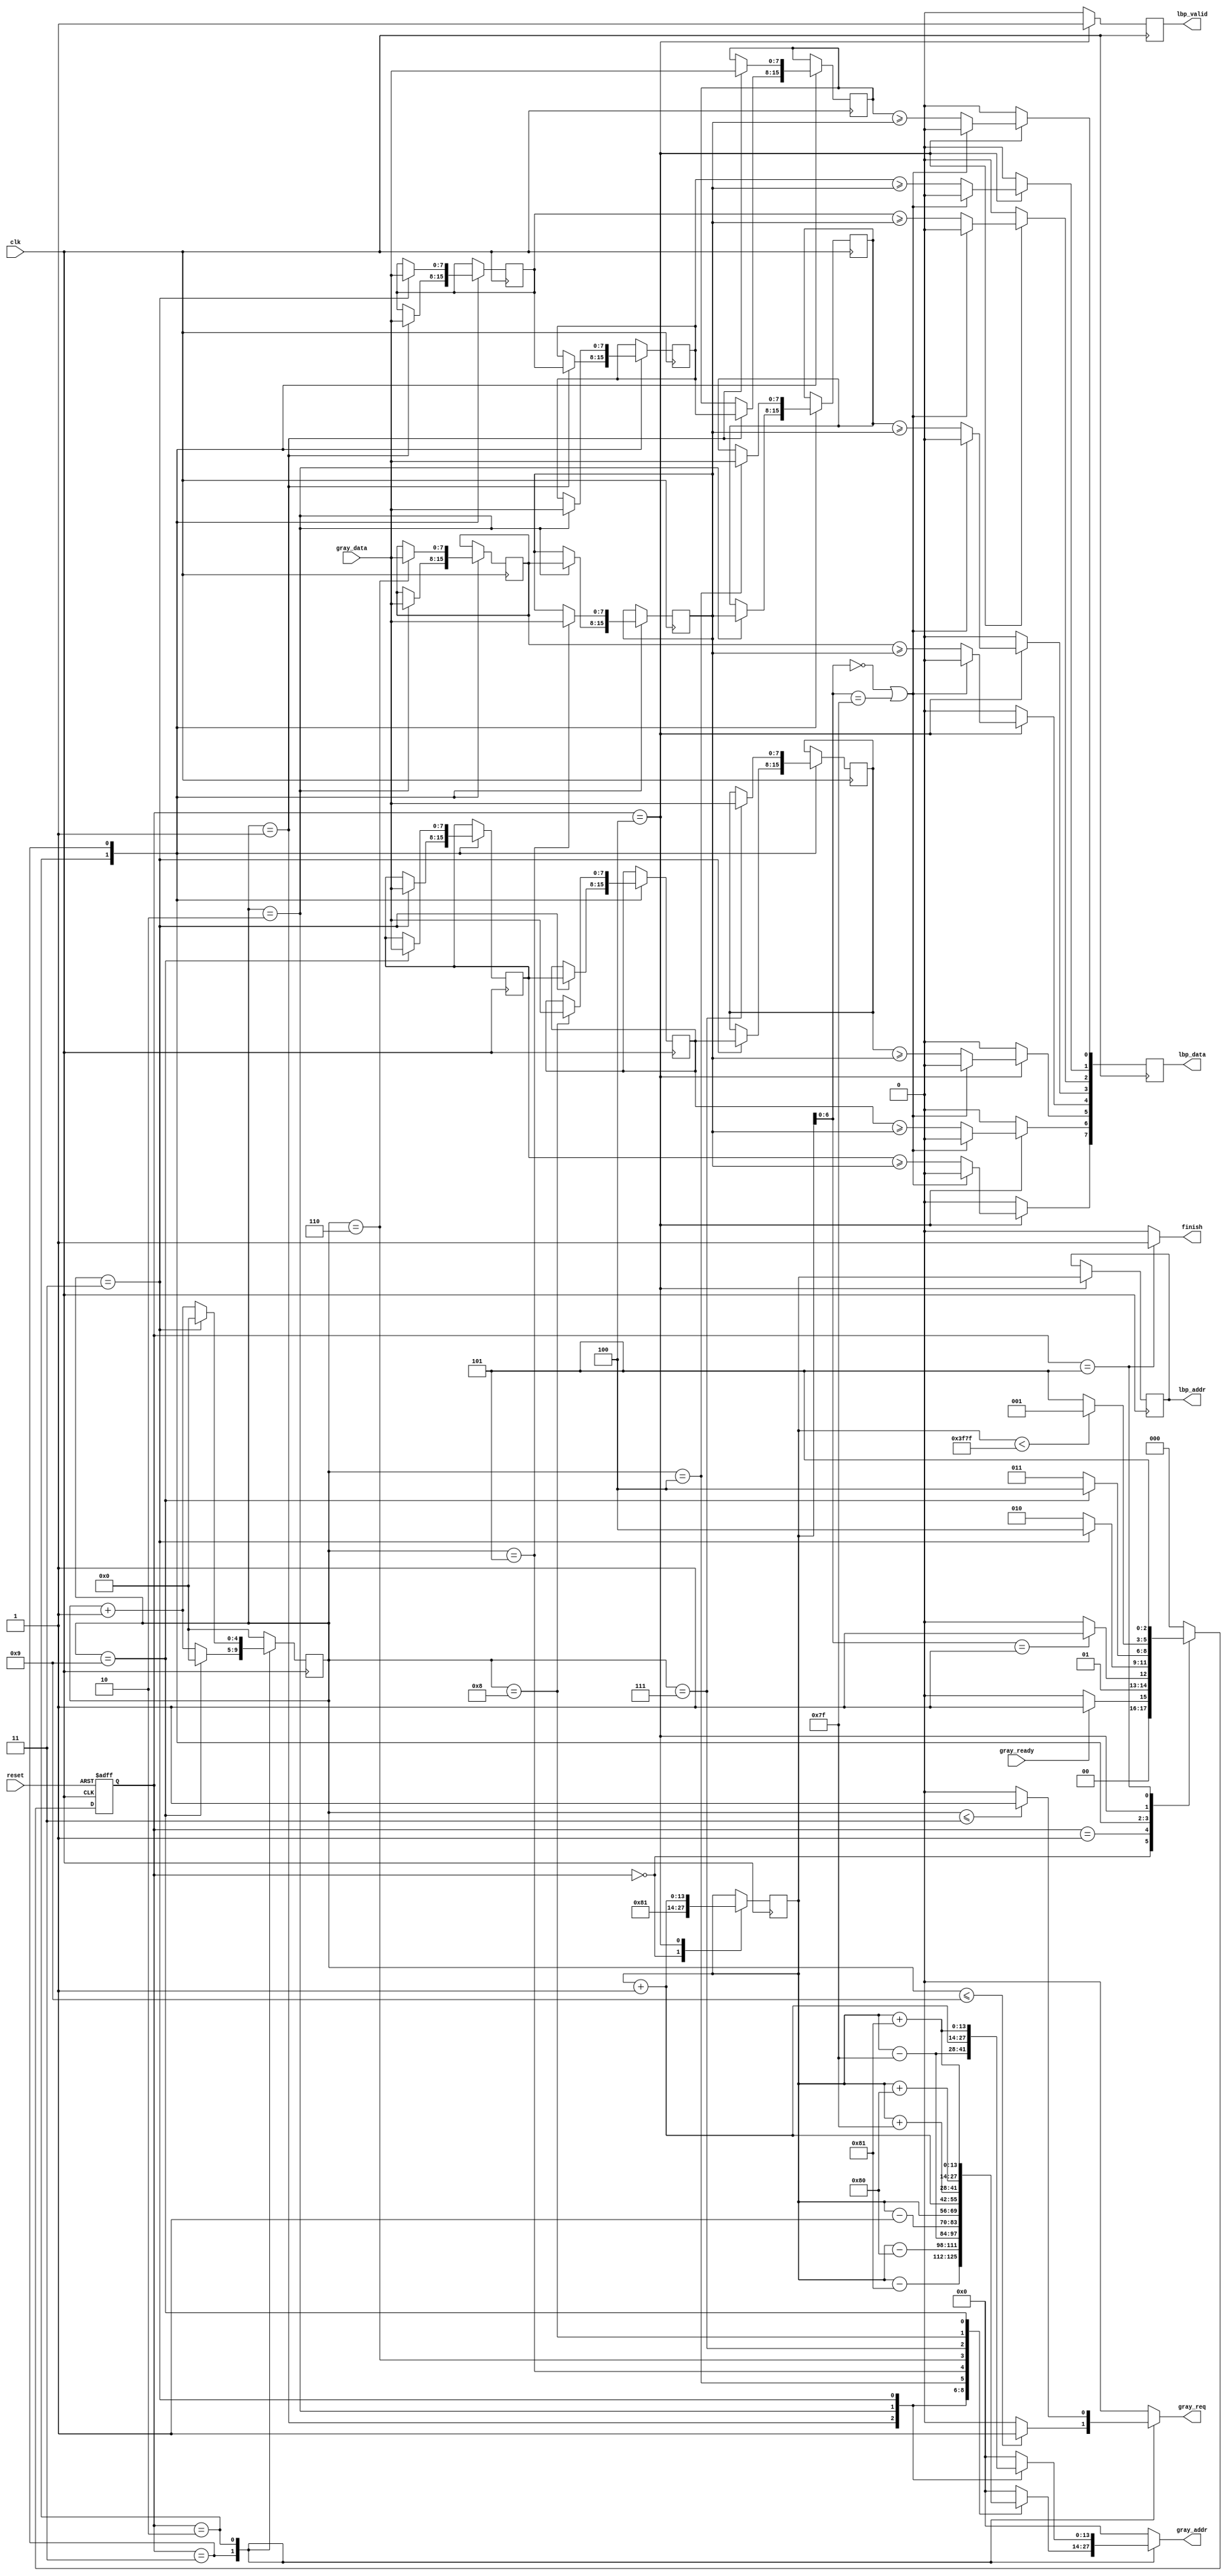
`timescale 1ns/10ps
module LBP ( clk, reset, gray_addr, gray_req, gray_ready, gray_data, lbp_addr, lbp_valid, lbp_data, finish);
input   	clk;
input   	reset;
output  reg [13:0] 	gray_addr;
output   reg gray_req;
input   	gray_ready;
input   [7:0] 	gray_data;
output reg [13:0] 	lbp_addr;
output  reg	lbp_valid;
output  reg [7:0]lbp_data;
output  reg	finish;

reg [2:0]cur_st;
reg [2:0]next_st;
parameter  IDLE=3'd0,ADDR_DETERMINED=3'd1,READ_3=3'd2,READ_9=3'd3,WRITE=3'd4,FINISH=3'd5;

reg [7:0]buff0;
reg [7:0]buff1;
reg [7:0]buff2;
reg [7:0]buff3;
reg [7:0]buff5;
reg [7:0]buff6;
reg [7:0]buff7;
reg [7:0]buff8;

reg [7:0]CENTRAL_DATA;//CENTRAL
reg [13:0]out_addr;
reg [4:0]counter;
//====================================================================

always@(posedge clk or posedge reset)begin
    if(reset)
        cur_st<=IDLE;
    else
        cur_st<=next_st;
end

always @(*) begin
    case(cur_st)
        IDLE:next_st=(~gray_ready)?IDLE:ADDR_DETERMINED;
        ADDR_DETERMINED:next_st=(out_addr[6:0]==1)?READ_9:READ_3;
        READ_3:next_st=(counter==3)?WRITE:READ_3;
        READ_9:next_st=(counter==9)?WRITE:READ_9;
        WRITE:next_st=(out_addr<16255)?ADDR_DETERMINED:FINISH;
        FINISH:next_st=FINISH;
        default:next_st=IDLE;
    endcase
end

always@(*)begin   
    case(cur_st)
    READ_9:gray_req=(counter<=9)?1:0;
    READ_3:gray_req=(counter<=3)?1:0;
    default:gray_req=1'b0;
    endcase
end

//set out_addr
always @(posedge clk ) begin
    case(cur_st)
        IDLE:out_addr<=129;
        WRITE:out_addr<=out_addr+1;
    endcase
end

//counter
always @(posedge clk) begin
    case (cur_st)
        READ_9:begin
             if(counter==9)
                counter<=0;
             else
                counter<=counter+1;
        end 
        READ_3:begin
            if(counter==3)
                counter<=0;
             else
                counter<=counter+1;
        end
        default:  counter<=0;
    endcase
end


//set gray_addr
always@(*)begin
    case (cur_st)
        READ_9:begin
            case (counter)
                1:gray_addr=out_addr-129;
                2:gray_addr=out_addr-128;
                3:gray_addr=out_addr-127;
                4:gray_addr=out_addr-1;
                5:gray_addr=out_addr;
                6:gray_addr=out_addr+1;
                7:gray_addr=out_addr+127;
                8:gray_addr=out_addr+128;
                9:gray_addr=out_addr+129;
                default:gray_addr=0;
             endcase
            end
        READ_3:begin
            case (counter)
               1:gray_addr=out_addr-127;// new buff[2]\[5]\[8]
               2:gray_addr=out_addr+1;
               3:gray_addr=out_addr+129;
                default:gray_addr=0;
            endcase
               end
        default:gray_addr=0;
    endcase
end

//buff
always @(posedge clk) begin//posedge clk
    case (cur_st)
        READ_3: begin
            case(counter)
            1:begin
                buff0<=buff1;
                buff1<=buff2;
                buff2<=gray_data;
            end
            2:begin
                buff3<=CENTRAL_DATA;
                CENTRAL_DATA<=buff5;
                buff5<=gray_data;
            end
            3:begin
                buff6<=buff7;
                buff7<=buff8;
                buff8<=gray_data;
            end
            endcase
        end
        READ_9: begin
            case (counter)
                1:buff0<=gray_data;
                2:buff1<=gray_data;
                3:buff2<=gray_data;
                4:buff3<=gray_data;
                5:CENTRAL_DATA<=gray_data;
                6:buff5<=gray_data;
                7:buff6<=gray_data;
                8:buff7<=gray_data;
                9:buff8<=gray_data;
            endcase
        end
    endcase
end


//lbp_valid
always@(posedge clk)begin
    case(cur_st)
    WRITE:lbp_valid<=1'b1;
    default:lbp_valid<=1'b0;
    endcase
end

//Lbp_addr
always @(posedge clk) begin
    if(cur_st==WRITE)
        lbp_addr<=out_addr;
end

//Lbp_data
always@(posedge clk)begin
    case (cur_st)
        WRITE: begin
            if((out_addr[6:0]==0)||(out_addr[6:0]==127)) 
                lbp_data<=8'b0;
            else begin
            lbp_data[0]<=(buff0>=CENTRAL_DATA);
            lbp_data[1]<=(buff1>=CENTRAL_DATA);
            lbp_data[2]<=(buff2>=CENTRAL_DATA);
            lbp_data[3]<=(buff3>=CENTRAL_DATA);
            lbp_data[4]<=(buff5>=CENTRAL_DATA);
            lbp_data[5]<=(buff6>=CENTRAL_DATA);
            lbp_data[6]<=(buff7>=CENTRAL_DATA);
            lbp_data[7]<=(buff8>=CENTRAL_DATA);
            end
        end
        default:lbp_data<=0;
    endcase
end

always @(*) begin
    if(cur_st==FINISH)
        finish=1;
    else
        finish=0;
end



//====================================================================
endmodule